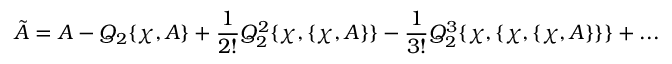
\tilde { A } = A - Q _ { 2 } \{ \chi , A \} + { \frac { 1 } { 2 ! } } Q _ { 2 } ^ { 2 } \{ \chi , \{ \chi , A \} \} - { \frac { 1 } { 3 ! } } Q _ { 2 } ^ { 3 } \{ \chi , \{ \chi , \{ \chi , A \} \} \} + . . .